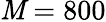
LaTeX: \mathit{M}=800